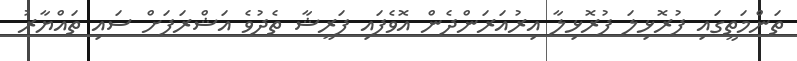
ތަންމަތީގައި ފުރޮޅިލަ ފުރޮޅިލާ އިރުއަރަންދެން އޮވެފައި ފަރީޝާ ތެދުވެ އަޝްރަފަށް ސައި ތައްޔާރު